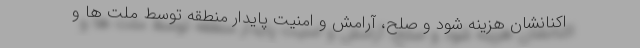
اکنانشان هزینه شود و صلح، آرامش و امنیت پایدار منطقه توسط ملت ها و